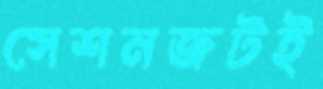
সেশনজটই